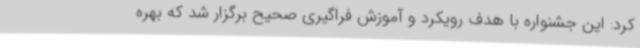
کرد: این جشنواره با هدف رویکرد و آموزش فراگیری صحیح برگزار شد که بهره